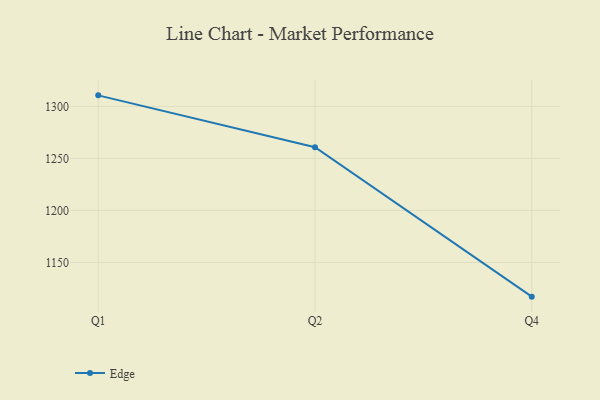
{"axis": {"x": "Quarter", "y": "Shipments"}, "legend": ["Edge"], "data": [{"x": "Q1", "y": 1310.6, "type": "Edge"}, {"x": "Q2", "y": 1260.8, "type": "Edge"}, {"x": "Q4", "y": 1117.2, "type": "Edge"}]}